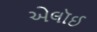
એલૉઈ